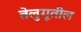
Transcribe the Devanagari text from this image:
तेलुगूतील